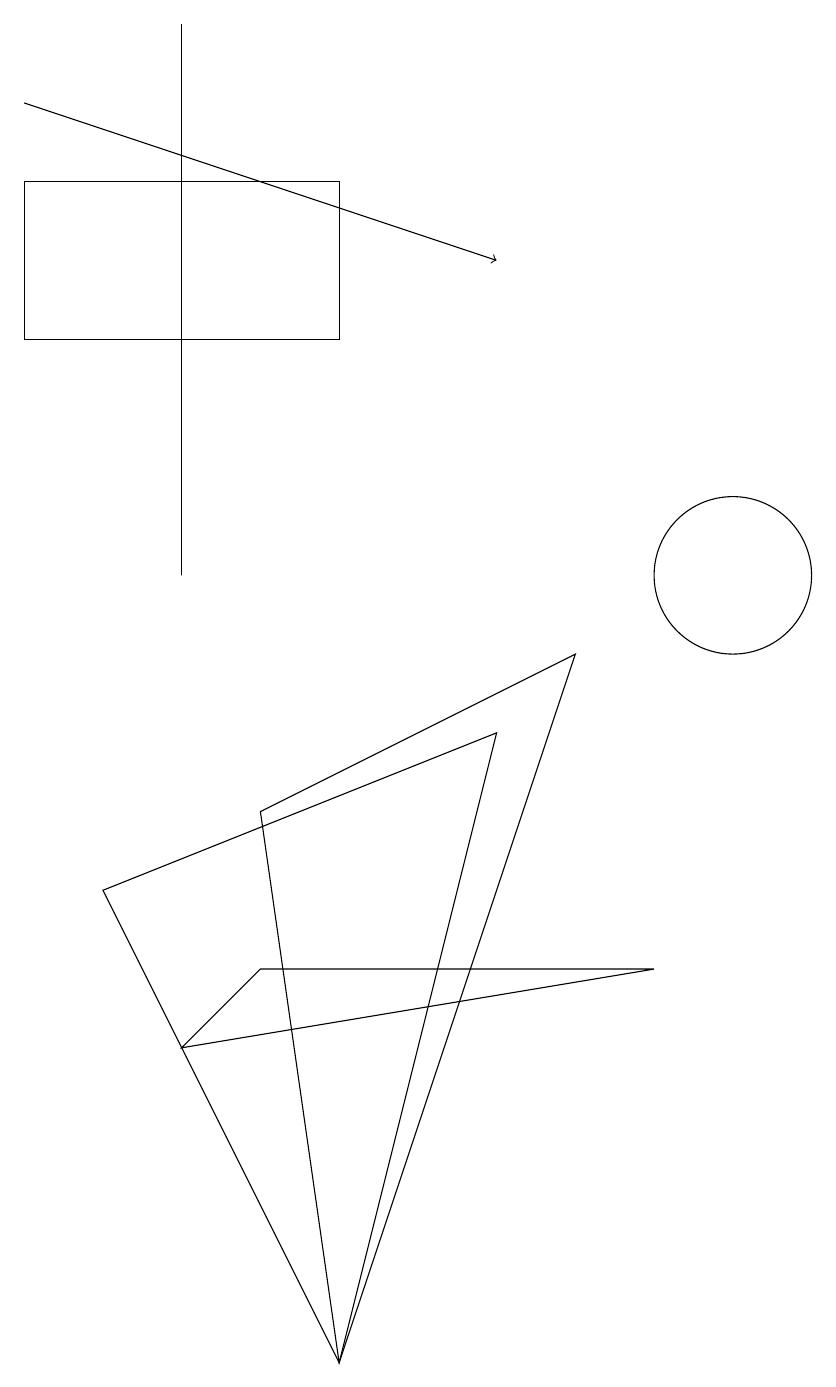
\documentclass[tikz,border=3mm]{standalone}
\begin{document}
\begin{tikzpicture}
\draw[->] (1,16) -- (7,14);
\draw (5,13) rectangle (1,15);
\draw (5,0) -- (8,9) -- (4,7) -- cycle;
\draw (10,10) circle (1);
\draw (4,5) -- (3,4) -- (9,5) -- cycle;
\draw (7,8) -- (5,0) -- (2,6) -- cycle;
\draw (3,17) rectangle (3,10);
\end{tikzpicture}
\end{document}